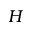
H